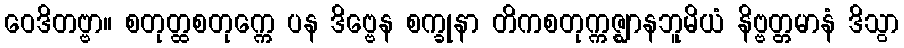
ဝေဒိတဗ္ဗာ။ စတုတ္ထစတုက္ကေ ပန ဒိဗ္ဗေန စက္ခုနာ တိကစတုက္ကဇ္ဈာနဘူမိယံ နိဗ္ဗတ္တမာနံ ဒိသွာ